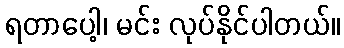
ရတာပေါ့၊ မင်း လုပ်နိုင်ပါတယ်။